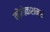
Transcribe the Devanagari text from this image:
कोंनेकशन्स